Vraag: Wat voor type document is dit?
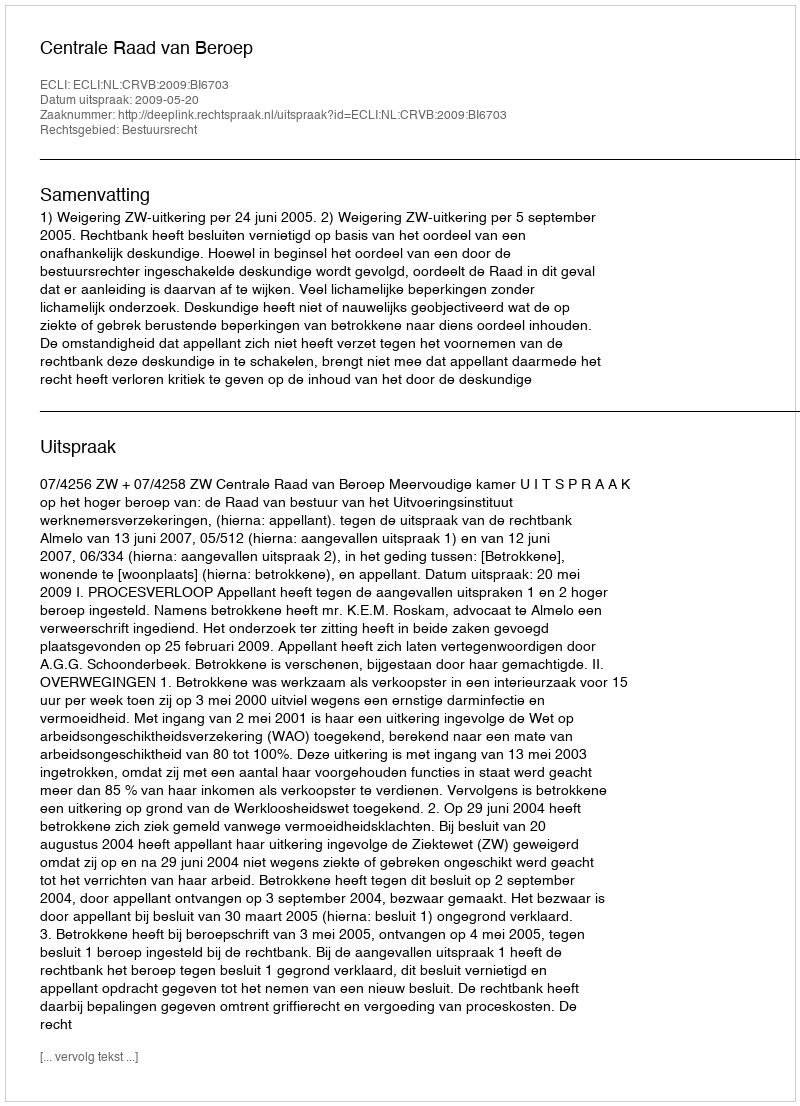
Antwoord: Uitspraak